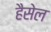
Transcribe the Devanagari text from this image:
हैसेल